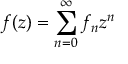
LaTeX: f ( z ) = \sum _ { n = 0 } ^ { \infty } { f _ { n } z ^ { n } }